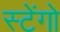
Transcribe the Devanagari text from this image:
स्टेंगो